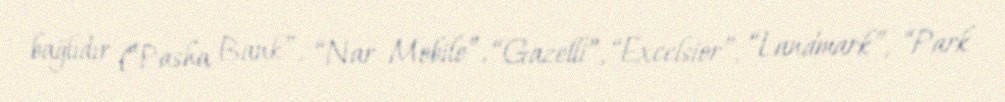
bağlıdır (“Pasha Bank”, “Nar Mobile”, “Gazelli”, “Excelsior”, “Landmark”, “Park